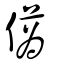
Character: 儰